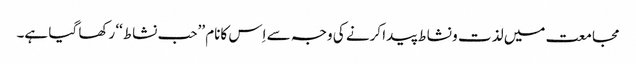
مجامعت میں لذت و نشاط پیدا کرنے کی وجہ سے اِس کانام ’’حب نشاط‘‘ رکھا گیا ہے۔